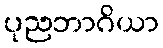
ပုညဘာဂိယာ